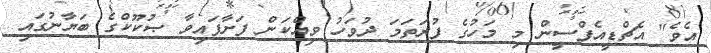
އެވެ" އެޗްޑީއެފްސީން މި މަހުގެ ފުރަތަމަ ދުވަހު ވިއްކަން ފަށާފައިވާ ޞުކޫކްގެ ބަޔާނުގައި